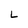
Character: L